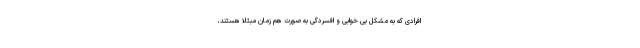
افرادی که به مشکل بی خوابی و افسردگی به صورت هم زمان مبتلا هستند،